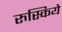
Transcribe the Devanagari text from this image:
रुस्किये